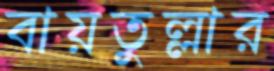
বায়তুল্লার